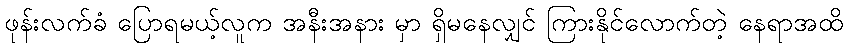
ဖုန်းလက်ခံ ပြောရမယ့်လူက အနီးအနား မှာ ရှိမနေလျှင် ကြားနိုင်လောက်တဲ့ နေရာအထိ